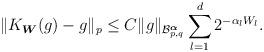
LaTeX: \begin{align*}\|K_{\boldsymbol{W}}(g)-g\|_p\leq C\|g\|_{\mathcal{B}^{\boldsymbol{\alpha}}_{p,q}}\sum_{l=1}^d2^{-\alpha_lW_l}.\end{align*}